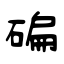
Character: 碥